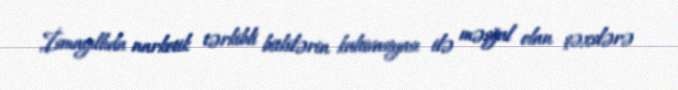
İsmayıllıda narkotik tərkibli bitkilərin kultivasiyası ilə məşğul olan şəxslərə